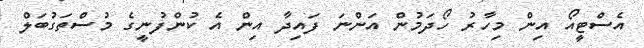
އެސްޓީއޯ އިން މިހާރު ހޯދަމުން އަންނަ ފައިދާ އިން އެ ކުންފުނީގެ މުސްތަގުބަލް